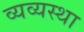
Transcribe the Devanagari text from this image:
व्यव्यस्था